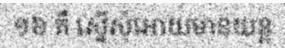
១៦ គឺ ស្នើសុំអោយមានយន្ត